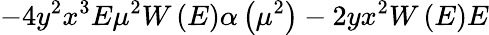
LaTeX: -4y^{2}x^{3}E\mu^{2}W\left(E\right)\alpha\left(\mu^{2}\right)-2yx^{2}W\left(E\right)E